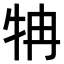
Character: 𤘼